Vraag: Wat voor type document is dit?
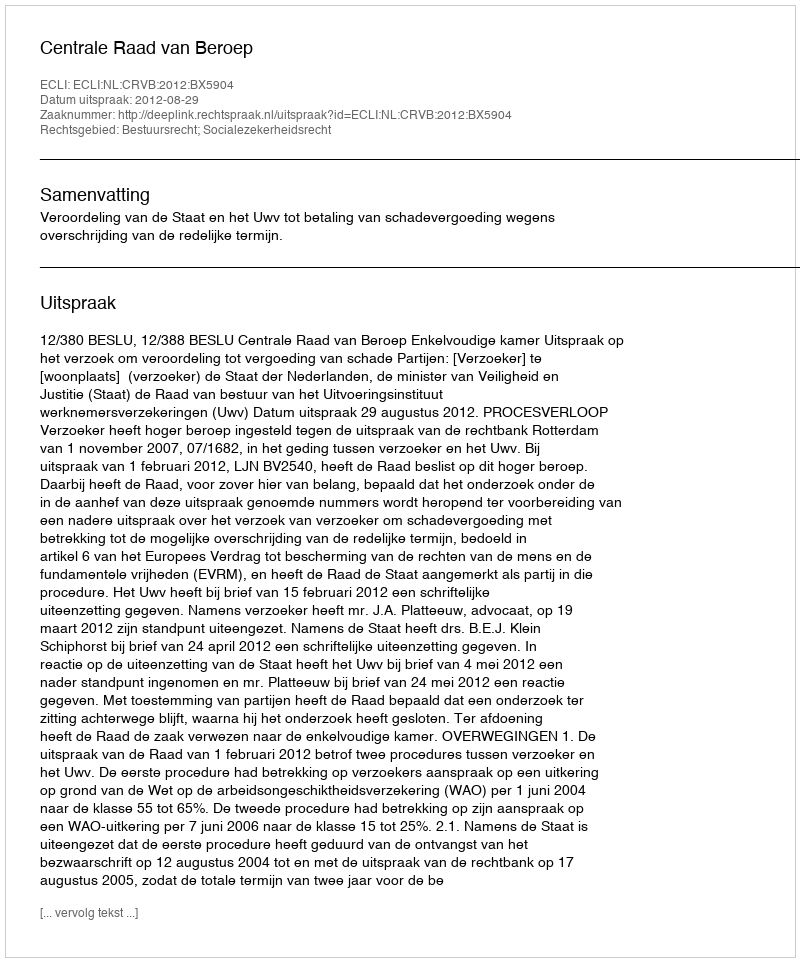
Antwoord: Uitspraak